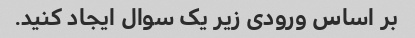
بر اساس ورودی زیر یک سوال ایجاد کنید.